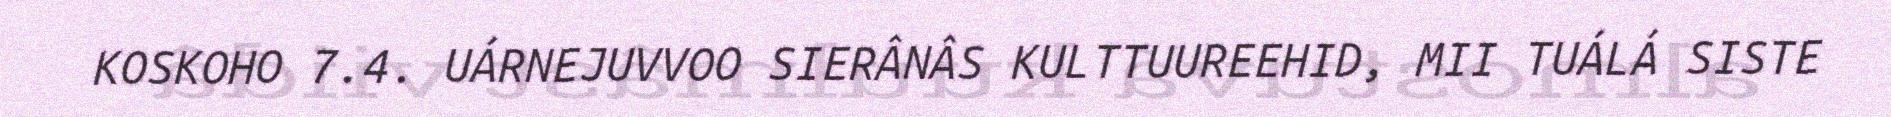
KOSKOHO 7.4. UÁRNEJUVVOO SIERÂNÂS KULTTUUREEHID, MII TUÁLÁ SISTE